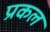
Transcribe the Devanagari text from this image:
प्रकल